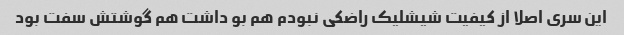
این سری اصلا از کیفیت شیشلیک راضکی نبودم هم بو داشت هم گوشتش سفت بود